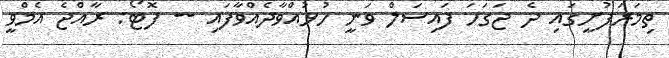
ތިމަރަފުށީގައި ދެ ޖަގަހަ ފައިސަލް ވަނީ ހުޅުއްވާދެއްވާފައި -- ފޮޓޯ: ރާއްޖެ އެމްވީ